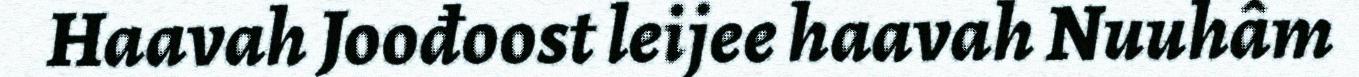
Haavah Joođoost leijee haavah Nuuhâm